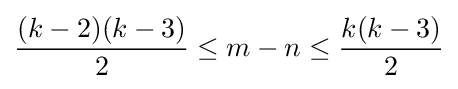
{\frac {(k-2)(k-3)}{2}}\leq m-n\leq {\frac {k(k-3)}{2}}